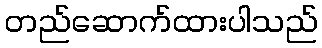
တည်ဆောက်ထားပါသည်